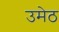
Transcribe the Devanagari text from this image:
उमेठ